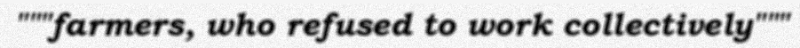
"""farmers, who refused to work collectively"""